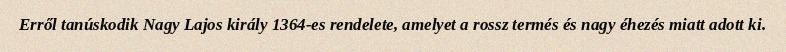
Erről tanúskodik Nagy Lajos király 1364-es rendelete, amelyet a rossz termés és nagy éhezés miatt adott ki.